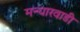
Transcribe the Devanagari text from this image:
मन्यारवाडी